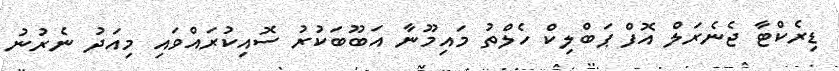
ޑިރެކްޓާ ޖެނެރަލް އޮފް ޕަބްލިކް ހެލްތު މައިމޫނާ އަބޫބަކުރު ސޮއިކުރައްވައި މިއަދު ނެރުނު